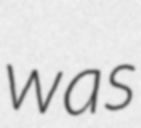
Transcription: was